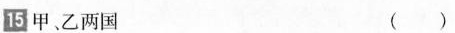
\boxed{15}甲、乙两国 （ ）